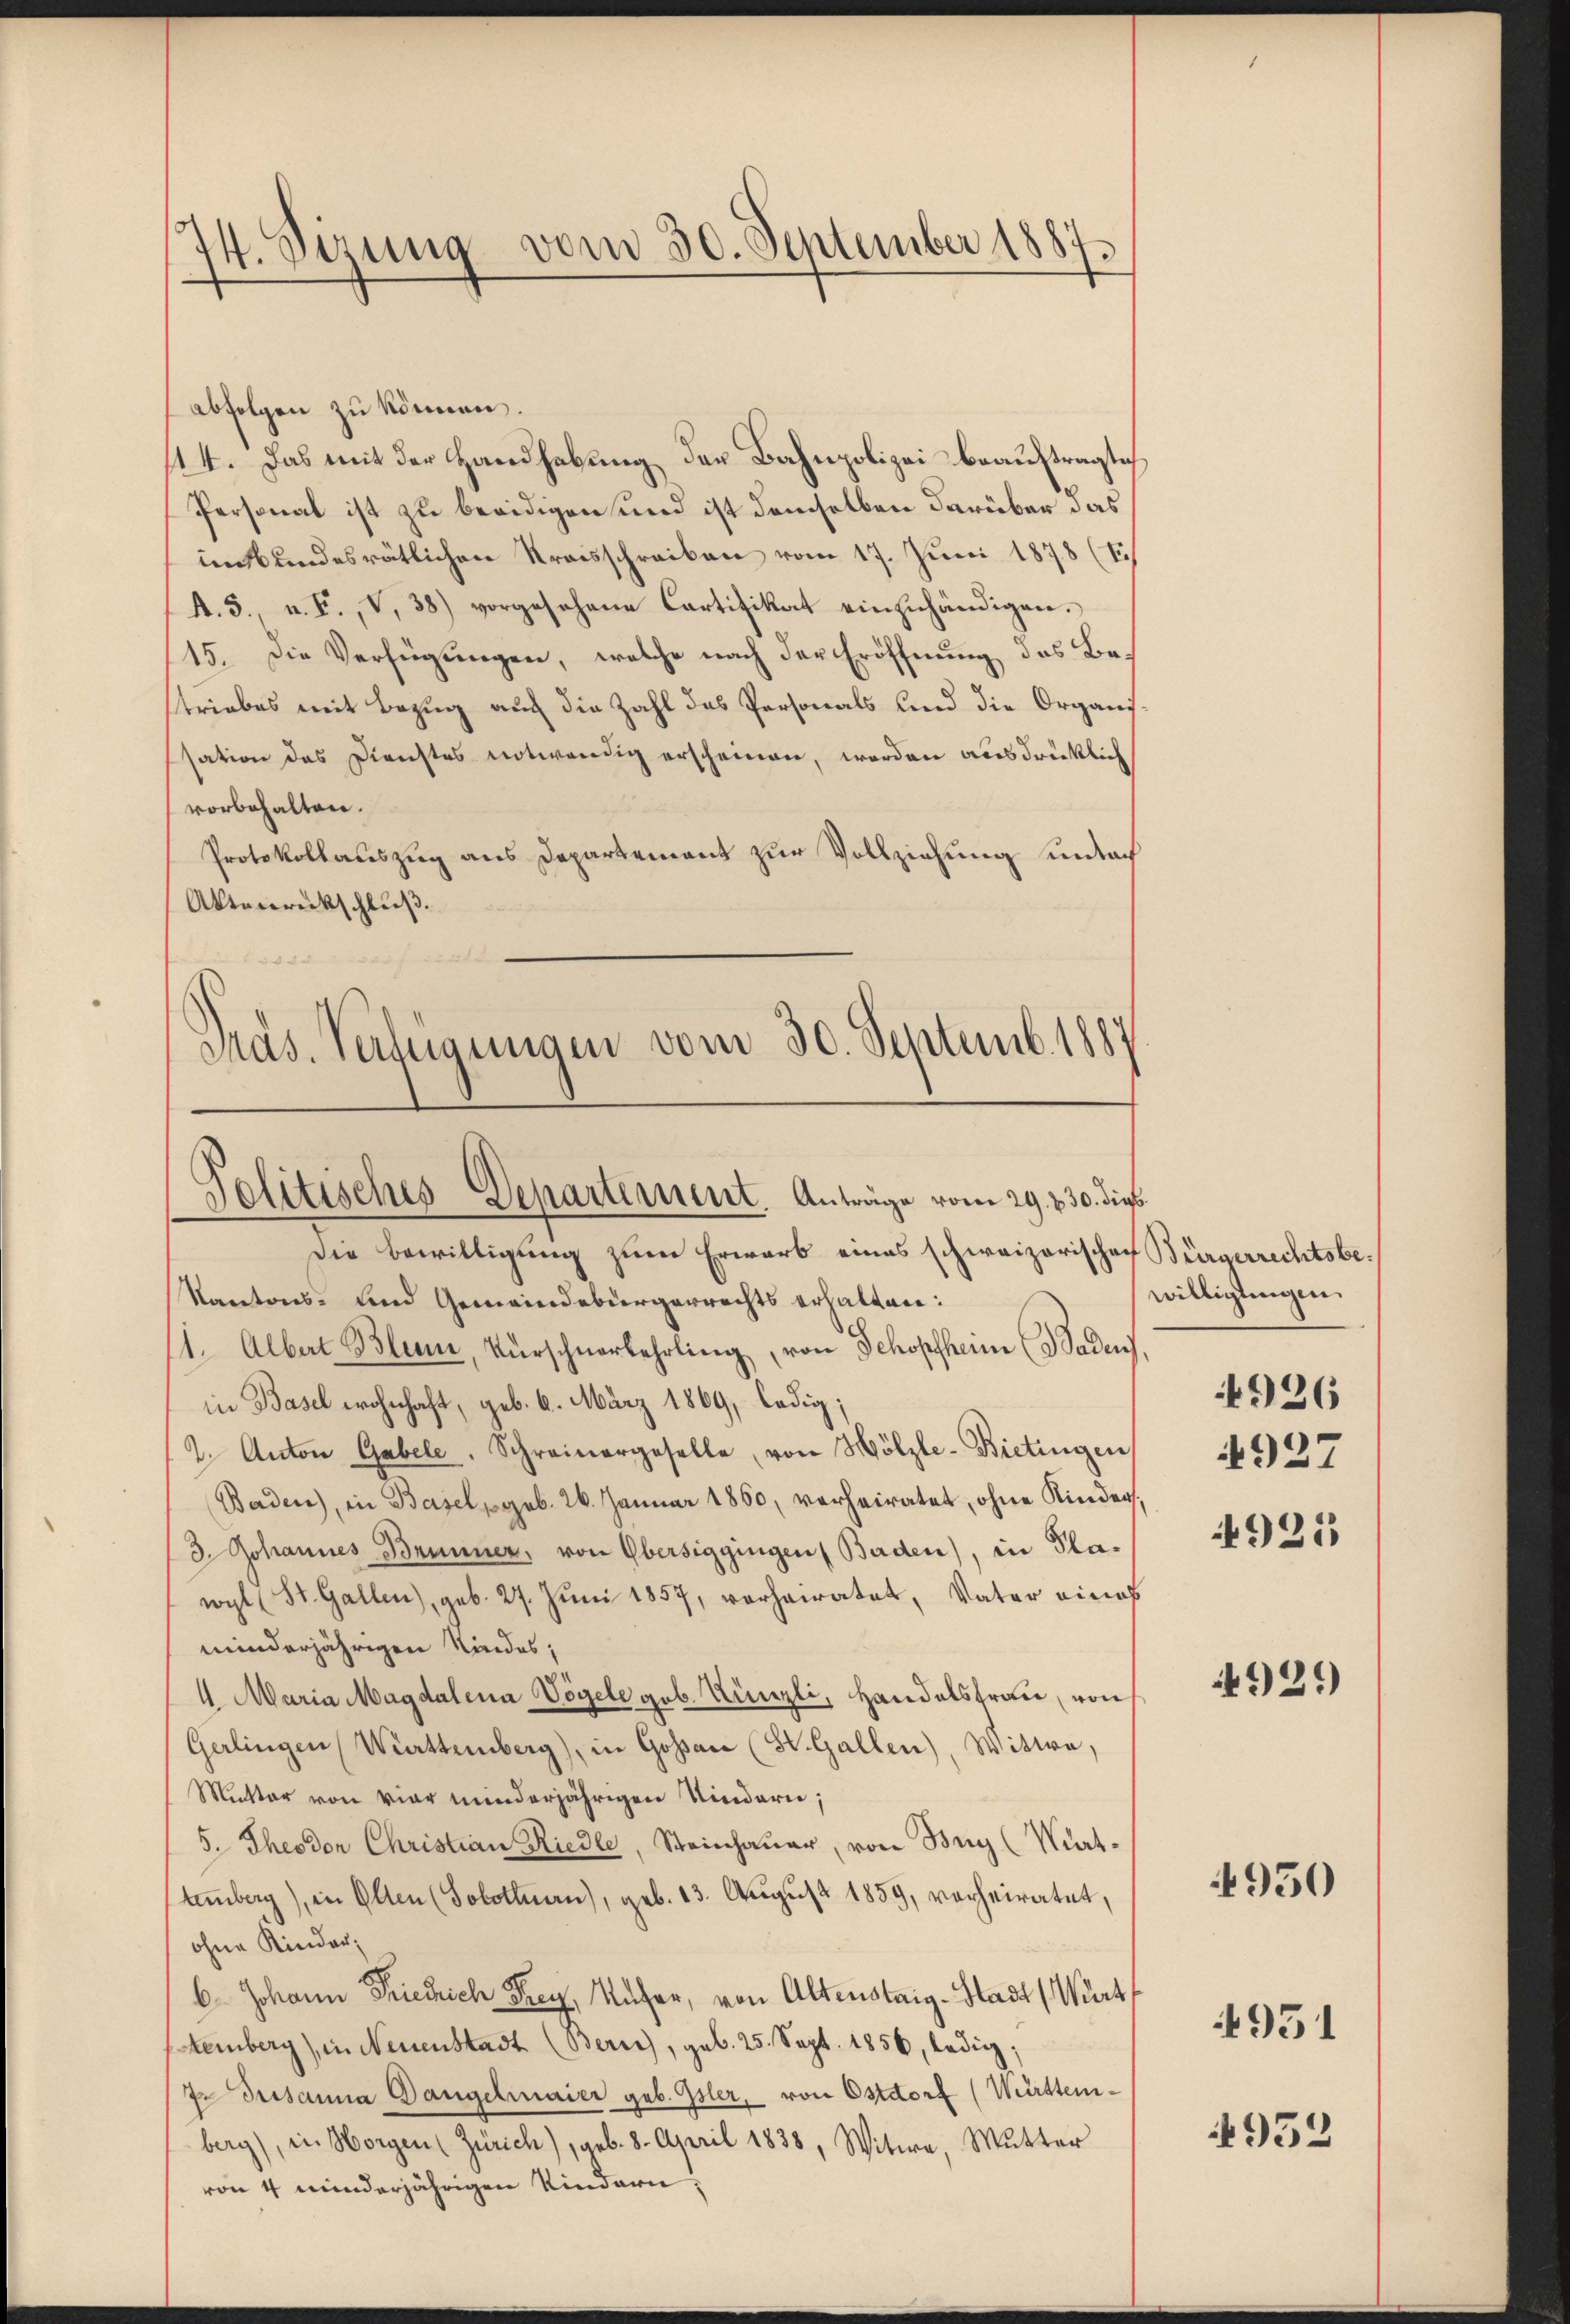
74. Sizung vom 30. September 1887.

abfolgen zu können.
114. Das mit der Handhabung der Bahnpolizei beauftraglich
Personal ist zu beeidigen und ist demselben darüber das
intbundesrätlichen Kraisschreiben vom 17. Juni 1878 (T.
A. 3., u. F. V, 38) vorgesehene Cartifikat einzuhändigen.
15. Die Verfügungen, welche nach der Eröffnung des Betriebes mit Bezug auch die Zahl des Personals und die Organi
sation des Dienstes notwendig erscheinen, worden ausdrücklich
vorbehalten.
Protokollauszug aus Departement zur Vollziehung sindrach
Aktenrückschluß.
24

Präs. Verfügungen vom 30. Septemb. 1887
Politisches Departement. Anträge vom 29. 230. dies

Die Bewilligung zum Erwarb eines schweizerischen Bürgerrechtsbe¬
Kantons- und Gemeindebürgerrechts erhalten:
11. Albert Blum, Vürschnerkehrling, von Schopfheim (Badens,
in Basel wohnhaft, geb. 6. März 1869, ledig;
2. Anton Gabele. Schreinergeselle, von Wölzle-Bietingen
Baden), in Basel geb. 26. Januar 1860, verheiratet, ohne Kinder
3. Johannes Brunner, von Obersiggingen (Baden), in Plawyl (St. Gallen), geb. 27. Juni 1857, vorheiratet, Vater eines
minderjährigen Kindes;
4. Maria Magdalena Vögele geb. Künzli, Handelsfrau, von
Gerlingen Württemberg), in Gossau (St. Gallen), Witwe,
Mutter von vier minderjährigen Niedern;
5. Theodor Christian Riedle, Steinhauer, von Bug (Wat-
temberg), in Olten (Solothurn), geb. 13. Aŭgŭst 1859, vorheiratet,
ohne Kinder,
6 Johann Friedrich Frey, Küfer, von Altenstaig-Stadt (Wert
temberg), in Neuenstadt (Bern), geb. 25. Sept. 1856, ledig;
7. Dessanna Gangelmaier geb. Isler, von Ostdorf (Württemberg), in Morgen (Zürich), geb. 8. April 1838, Witwe, Mutter
von 4 minderjährigen Kindern,

willigungen.
4926
4927

4925

492)

4950

4951

4952